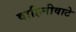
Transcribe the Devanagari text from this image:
वाहिनीवाटे